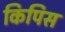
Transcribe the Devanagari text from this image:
किपिस